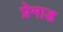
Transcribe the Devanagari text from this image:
प्रेमाड